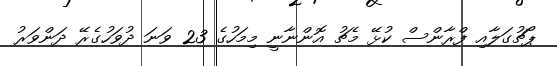
ޕޯޗުގަލާއި ފްރާންސް ކުޅޭ މެޗު އޮންނާނީ މިމަހުގެ 23 ވަނަ ދުވަހުގެރޭ ދަންވަރު